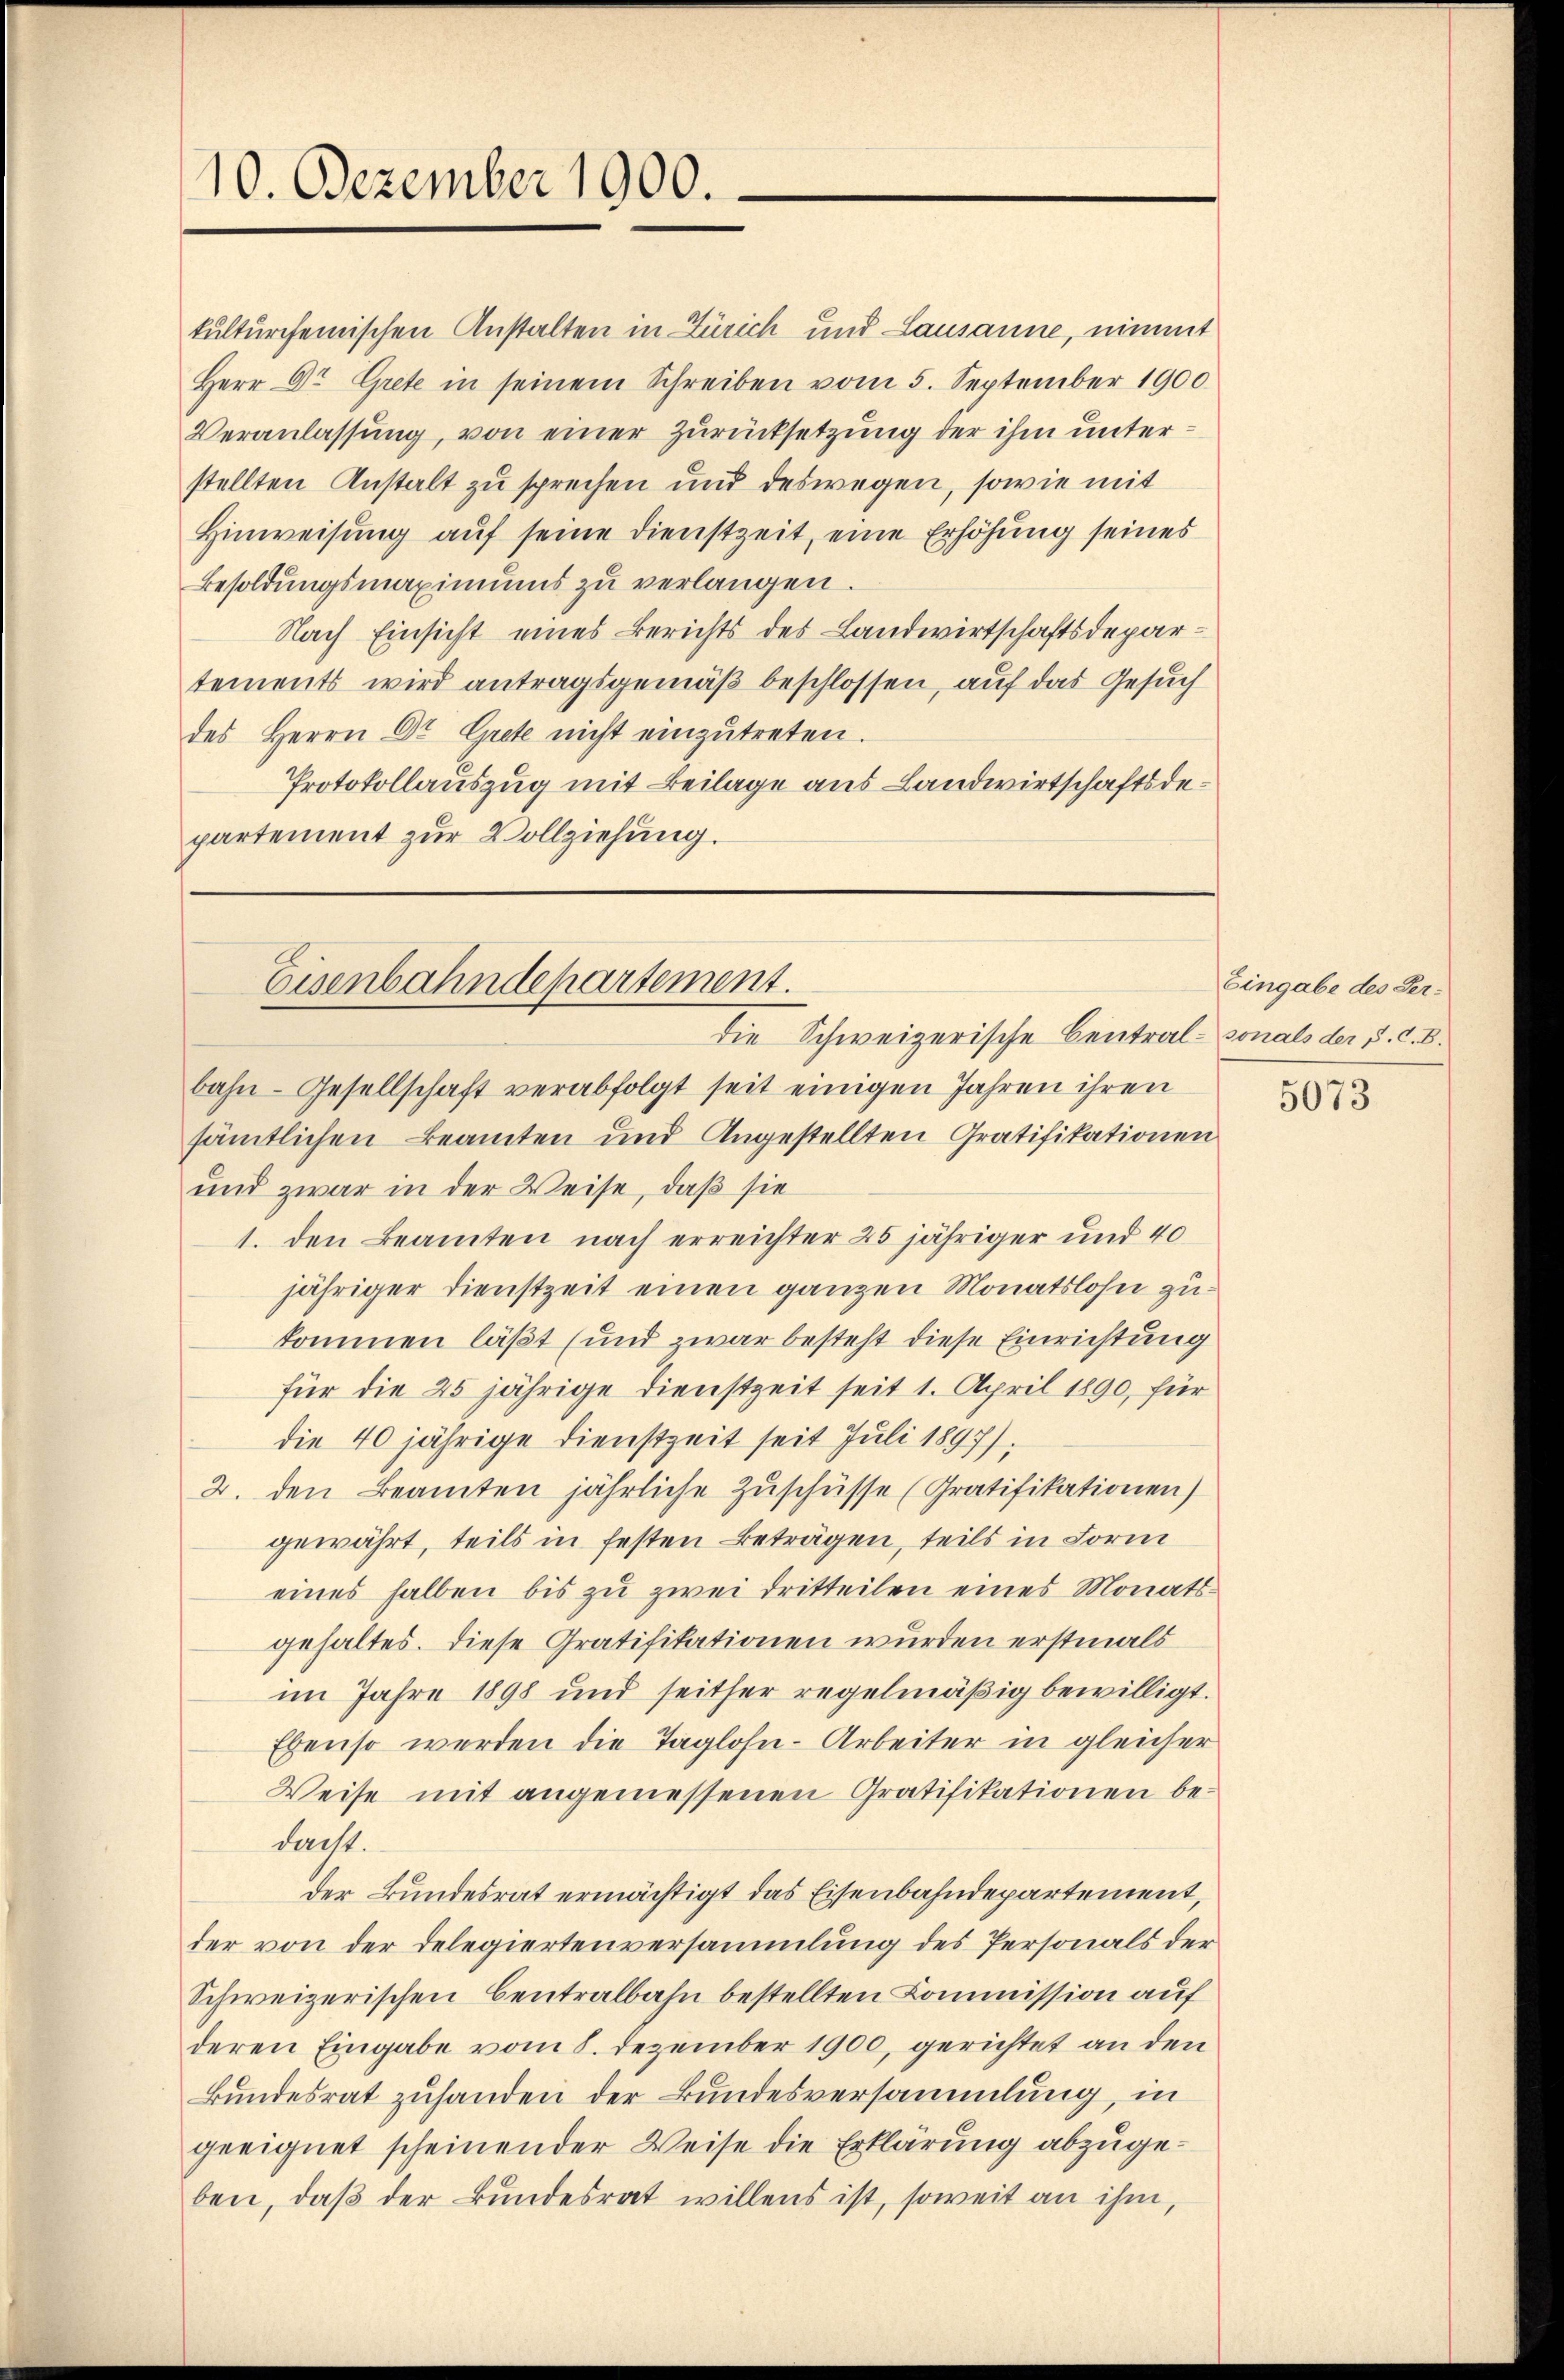
10. Dezember 1900.

die Schweizerische Central- sonals der 5. C. B.
bahn-Gesellschaft verabfolgt seit einigen Jahren ihren
sämtlichen Beamten und Angestellten Gratifikationen
und zwar in der Weise, daß sie
1. den Beamten nach erreichter 25 jähriger und 40
jähriger Dienstzeit einen ganzen Monatslohn zu
kommen läßt (und zwar besteht diese Einrichtung
für die 25 jährige Dienstzeit seit 1. April 1890, für
die 40 jährige Dienstzeit seit Juli 1897).
2. den Beamten jährliche Zuschüsse (Gratifikationen)
gewährt, teils in festen Beträgen, teils in Form
eines halben bis zu zwei Dritteilen eines Monatsgehaltes. Diese Gratifikationen wurden erstmals
im Jahre 1898 und seither regelmäßig bewilligt.
Ebenso werden die Taglohn - Arbeiter in gleicher
Weise mit angemessenen Gratifikationen bedacht.
Der Bundesrat ermächtigt das Eisenbahndepartement,
der von der Delegiertenversammlung des Personals der
Schweizerischen Centralbahn bestellten Commission auf
deren Eingabe vom 8. Dezember 1900, gerichtet an den
Bundesrat zuhanden der Bundesversammlung, in
geeignet scheinender Weise die Erklärung abzugeben, daß der Bundesrat willens ist, soweit an ihm,

Eisenbahndepartement.

kulturcheinischen Anstalten in Zürich und Lausanne, nimmt
Herr Dr. Grete in seinem Schreiben vom 5. September 1900.
Veranlassung, von einer Zurücksetzung der ihm unterstellten Anstalt zu sprechen und deswegen, sowie mit
Hinweisung aŭf seine Dienstzeit, eine Erhöhung seines
Besoldŭngsmaximums zu verlangen.
Nach Einsicht eines Berichts des Landwirtschaftsdepartements wird antragsgemäß beschlossen, auf das Gesuch
des Herrn Dr. Grete nicht einzutreten.
Protokollauszug mit Beilage aus Landwirtschaftsdepartement zur Vollziehung.

Eingabe des Ser¬

5073